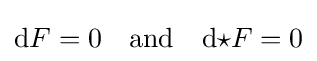
\mathrm {d} F=0\quad {\text{and}}\quad \mathrm {d} {\star }F=0